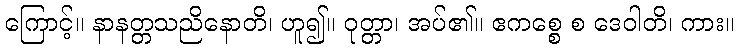
ကြောင့်။ နာနတ္တသညိနောတိ၊ ဟူ၍။ ဝုတ္တာ၊ အပ်၏။ ဧကစ္စေ စ ဒေဝါတိ၊ ကား။